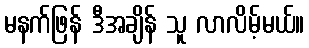
မနက်ဖြန် ဒီအချိန် သူ လာလိမ့်မယ်။